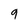
Character: 9